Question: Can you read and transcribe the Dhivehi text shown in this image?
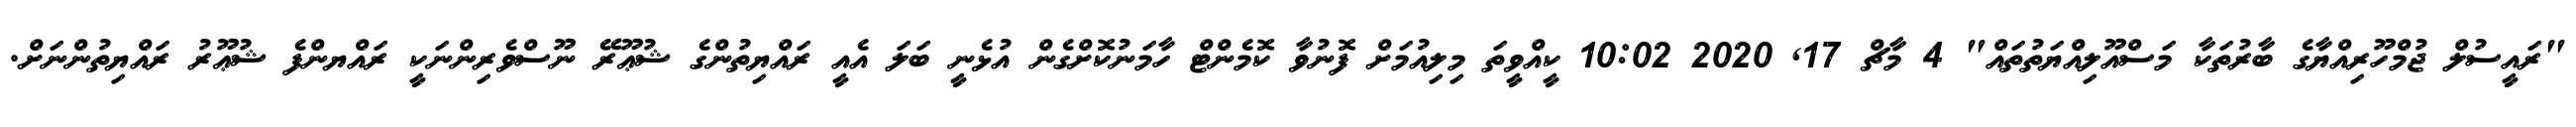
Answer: "ރައީސުލް ޖުމްހޫރިއްޔާގެ ބާރުތަކާ މަސްއޫލިއްޔަތުތައް" 4 މާޗް 17, 2020 10:02 ކީއްވީތަ މިލިއުމަށް ފޮނުވާ ކޮމެންޓް ހާމަނުކޮށްގެން އުޅެނީ ބަލަ އެއީ ރައްޔިތުންގެ ޝުޢޫރޭ ނޫސްވެރިންނަކީ ރައްޔންފެ ޝުޢޫރު ރައްޔިތުންނަށް.